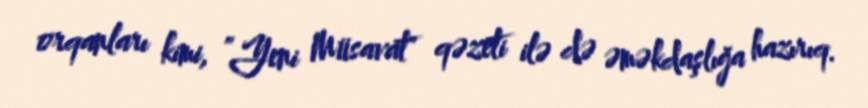
orqanları kimi, ”Yeni Müsavat" qəzeti ilə də əməkdaşlığa hazırıq.